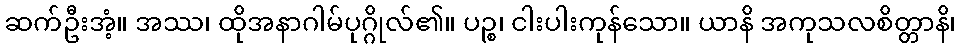
ဆက်ဦးအံ့။ အဿ၊ ထိုအနာဂါမ်ပုဂ္ဂိုလ်၏။ ပဉ္စ၊ ငါးပါးကုန်သော။ ယာနိ အကုသလစိတ္တာနိ၊